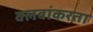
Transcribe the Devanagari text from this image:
क्लबांकरता